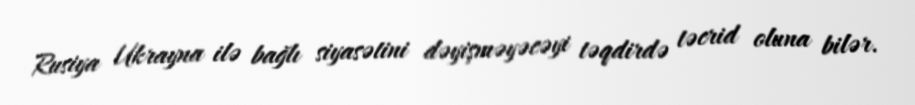
Rusiya Ukrayna ilə bağlı siyasətini dəyişməyəcəyi təqdirdə təcrid oluna bilər.